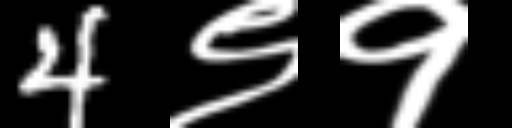
Text: 4९१